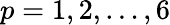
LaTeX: p=1,2,\ldots,6